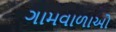
ગામવાળાઓ